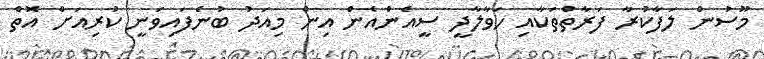
މޫސުން ލަފާކުރާ ފަރާތްތަކާއި ހަވާލާދީ ސީއެންއެން އިން މިއަދު ބުނެފައިވަނީ ކުރިއަށް އޮތް